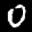
Label: 0